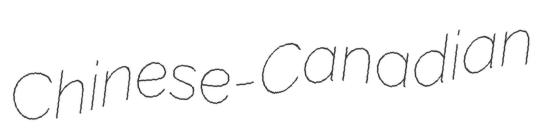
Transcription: Chinese-Canadian